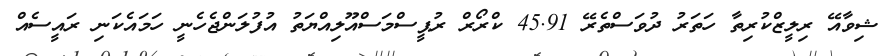
ޝިވާއޭ ރިލީޒްކުރިތާ ހަތަރު ދުވަސްތެރޭ 45.91 ކްރޯރް ރުޕީސްމަސްއޫލިއްޔަތު އުފުލަންޖެހެނީ ހަމައެކަނި ރައީސެއް